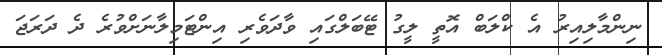
ނިންމާލިއިރު އެ ކްލަބް އޮތީ ލީގު ޓޭބަލްގައި ވާދަވެރި އިންޓަމިލާނަށްވުރެ ދެ ދަރަޖަ